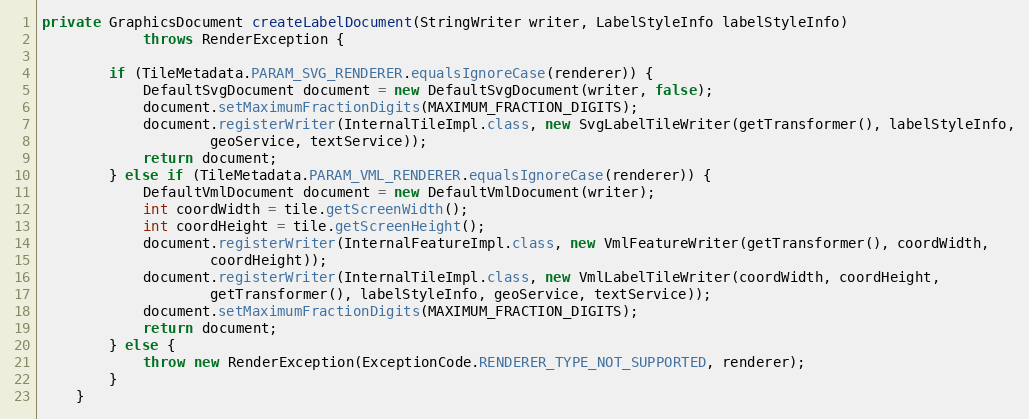
Language: Java
private GraphicsDocument createLabelDocument(StringWriter writer, LabelStyleInfo labelStyleInfo)
			throws RenderException {

		if (TileMetadata.PARAM_SVG_RENDERER.equalsIgnoreCase(renderer)) {
			DefaultSvgDocument document = new DefaultSvgDocument(writer, false);
			document.setMaximumFractionDigits(MAXIMUM_FRACTION_DIGITS);
			document.registerWriter(InternalTileImpl.class, new SvgLabelTileWriter(getTransformer(), labelStyleInfo,
					geoService, textService));
			return document;
		} else if (TileMetadata.PARAM_VML_RENDERER.equalsIgnoreCase(renderer)) {
			DefaultVmlDocument document = new DefaultVmlDocument(writer);
			int coordWidth = tile.getScreenWidth();
			int coordHeight = tile.getScreenHeight();
			document.registerWriter(InternalFeatureImpl.class, new VmlFeatureWriter(getTransformer(), coordWidth,
					coordHeight));
			document.registerWriter(InternalTileImpl.class, new VmlLabelTileWriter(coordWidth, coordHeight,
					getTransformer(), labelStyleInfo, geoService, textService));
			document.setMaximumFractionDigits(MAXIMUM_FRACTION_DIGITS);
			return document;
		} else {
			throw new RenderException(ExceptionCode.RENDERER_TYPE_NOT_SUPPORTED, renderer);
		}
	}